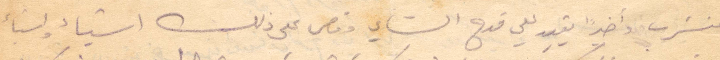
فنشرب واخيرًأ يقيد لي قدح الشاي وقص على ذلك أشياء واشياء